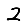
Digit: 2